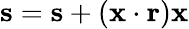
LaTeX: \mathbf{s}=\mathbf{s}+(\mathbf{x}\cdot\mathbf{r})\mathbf{x}